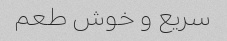
سریع و خوش طعم